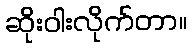
ဆိုးဝါးလိုက်တာ။